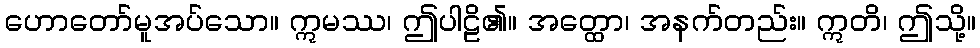
ဟောတော်မူအပ်သော။ ဣမဿ၊ ဤပါဠိ၏။ အတ္ထော၊ အနက်တည်း။ ဣတိ၊ ဤသို့။